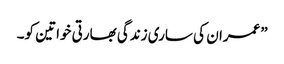
”عمران کی ساری زندگی بھارتی خواتین کو۔